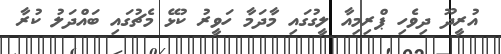
އުރީދޫ ދިވެހި ޕްރިމިއާ ލީގުގައި މާދަމާ ހަވީރު ކުޅޭ މެޗުގައި ބައްދަލު ކުރާ